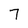
Character: 7